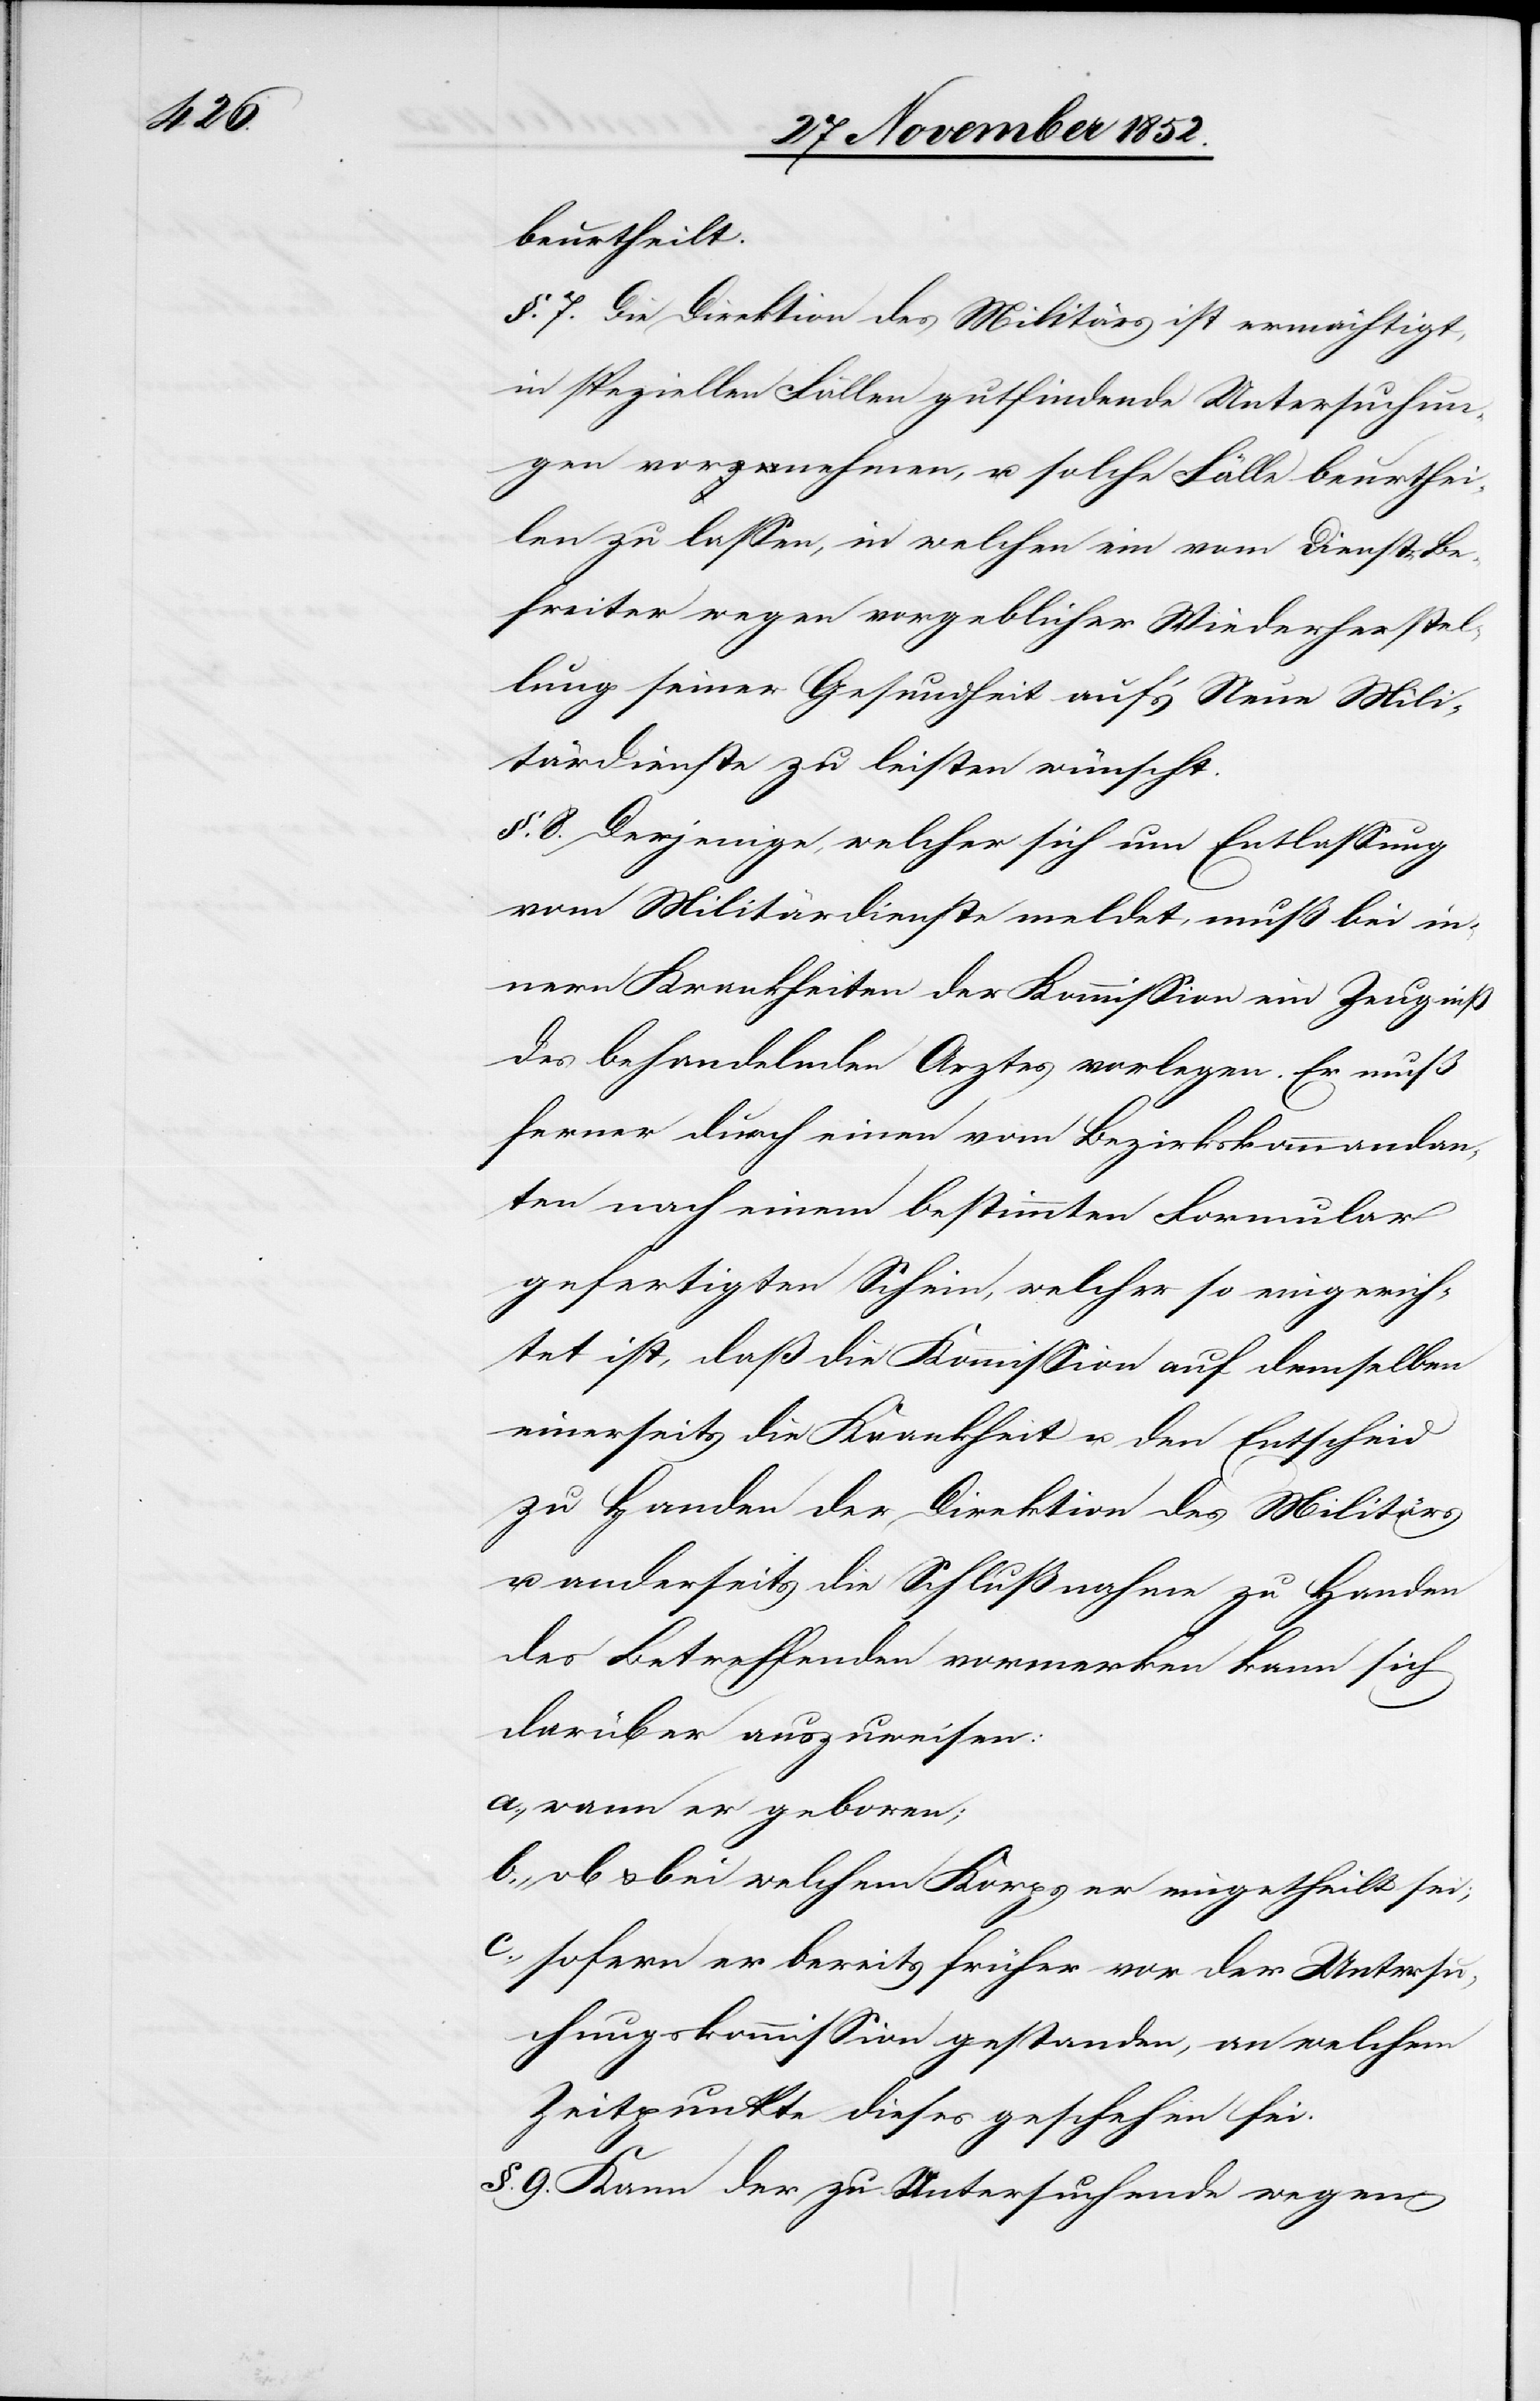
beurtheilt.
§. 7. Die Direktion des Militärs ist ermächtigt,
in speziellen Fällen gutfindende Untersuchun¬
gen vornehmen, u. solche Fälle beurthei¬
len zu lassen, in welchen ein vom Dienste Be¬
freiter wegen vorgeblicher Wiederherstel¬
lung seiner Gesundheit auf’s Neue Mili¬
tärdienste zu leisten wünscht.
§. 8. Derjenige, welcher sich um Entlassung
vom Militärdienste meldet, muß bei in¬
nern Krankheiten der Kommission ein Zeugniß
des behandelnden Arztes vorlegen. Er muß
ferner durch einen vom Bezirkskommandan¬
ten nach einem bestimmten Formular
gefertigten Schein, welcher so eingerich¬
tet ist, daß die Kommission auf demselben
einerseits die Krankheit u. den Entscheid
zu Handen der Direktion des Militärs
u. anderseits die Schlußnahme zu Handen
des Betreffenden vormerken kann sich
darüber auszuweisen
wann er geboren;
ob & bei welchem Korps er eingetheilt sei;
sofern er bereits früher vor der Untersu¬
chungskommission gestanden, an welchem
Zeitpunkte dieses geschehen sei.
§. 9. Kann der zu Untersuchende wegen